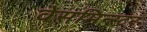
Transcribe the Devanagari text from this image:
वेसमिन्स्टर